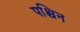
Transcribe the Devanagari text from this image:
पश्चिन